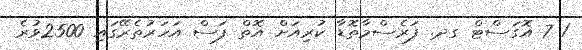
1 7 އޮގަސްޓް ގދ. ފަރެސްމާތޮޑާ ކުރިއަށް އޮތް ފަސް އަހަރުތެރޭގައި 2500ވުރެ